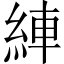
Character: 𦀺